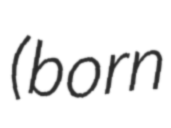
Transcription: (born